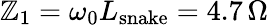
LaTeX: \mathbb{Z}_{1}=\omega_{0}L_{\mathrm{{snake}}}=4.7\, \Omega